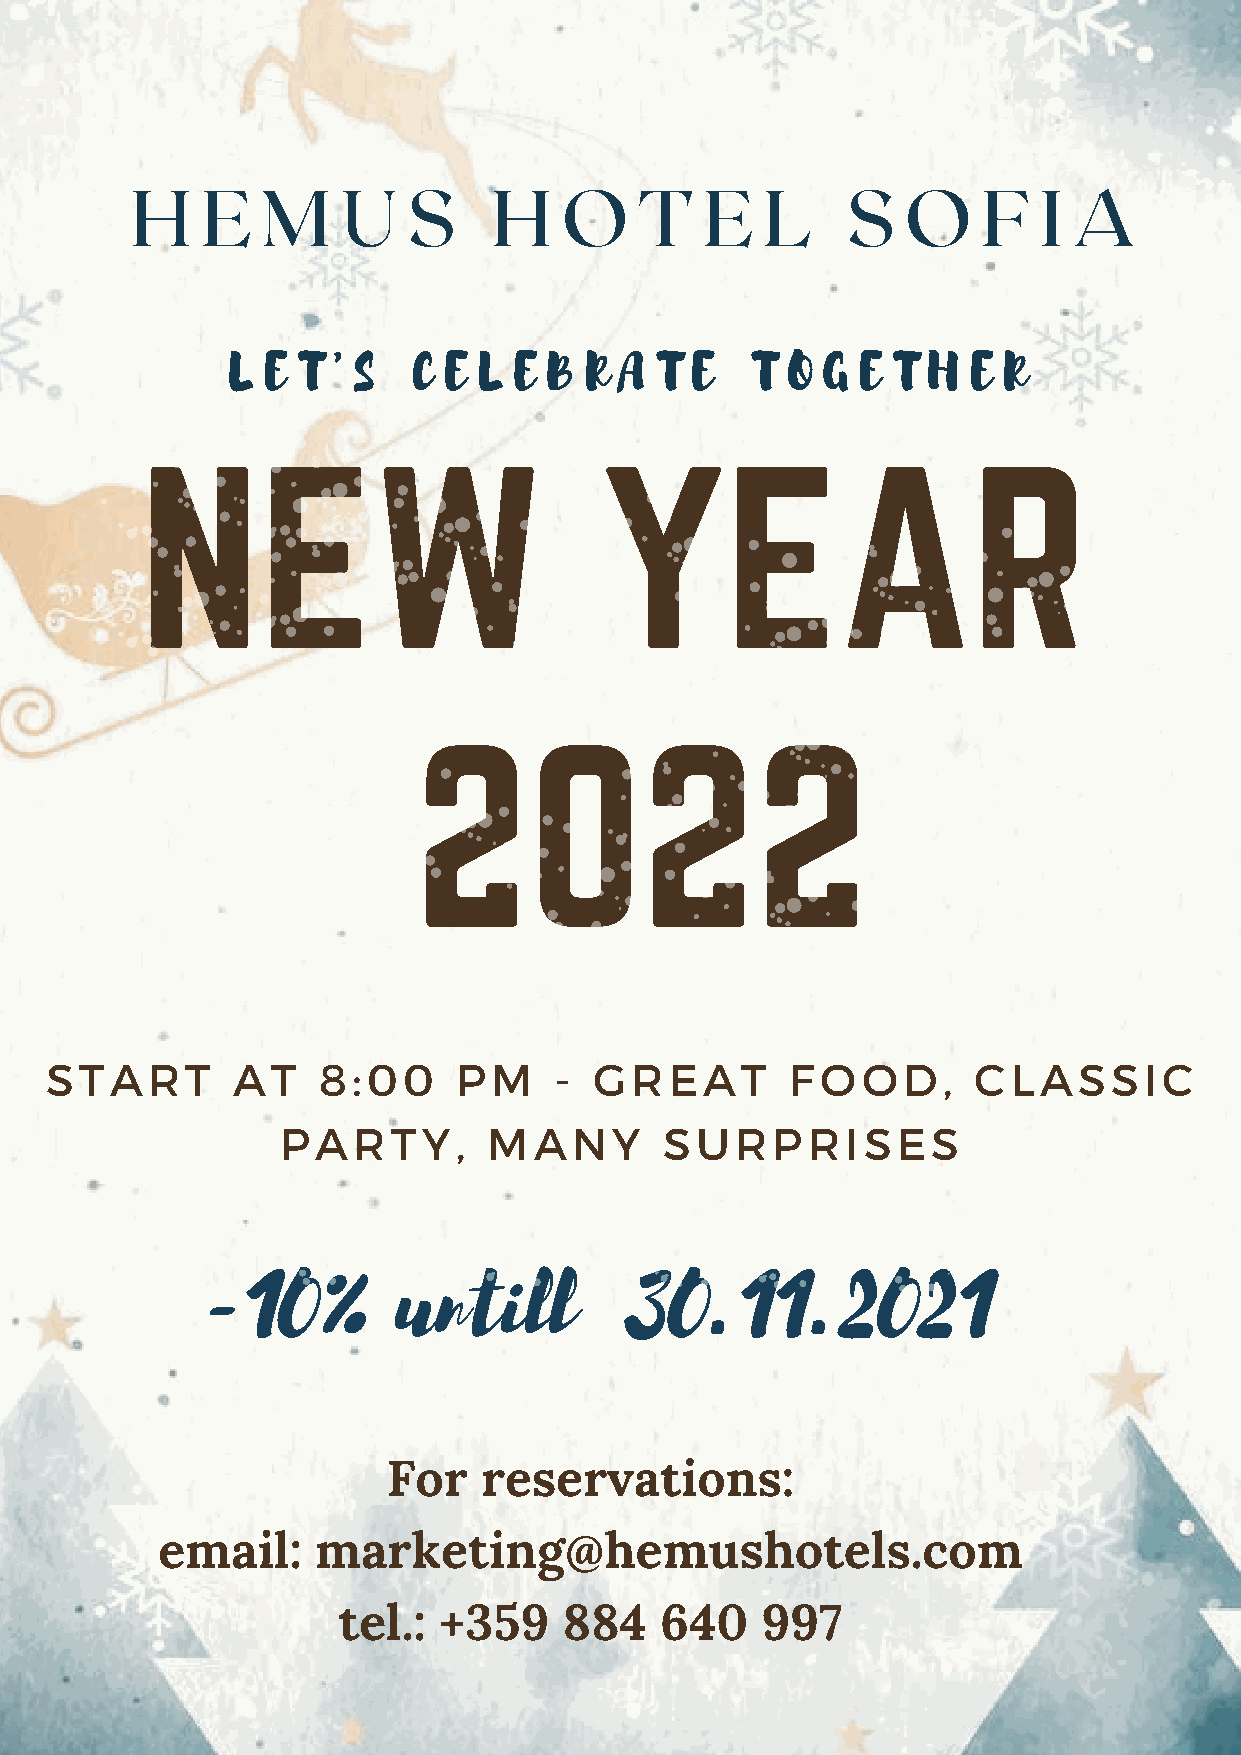
H   E   M     U   S    H    O    T    E  L     S   O    F   I A
 L  E T ' S  C E  L E B  R A T  E   T O G  E T H  E R
 NEW                            YEAR
 2022
 START       AT    8:00     PM     - GREAT        FOOD,       CLASSIC
 PARTY,       MANY        SURPRISES
 -10%         untill         30.11.2021
 For   reservations:
 email:     marketing@hemushotels.com
 tel.:  +359    884    640   997